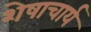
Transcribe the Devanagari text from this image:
शेषाचार्य